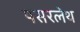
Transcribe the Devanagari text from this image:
पसरलेथ